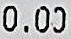
0.00